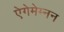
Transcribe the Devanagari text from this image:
ऐगेमेम्नन